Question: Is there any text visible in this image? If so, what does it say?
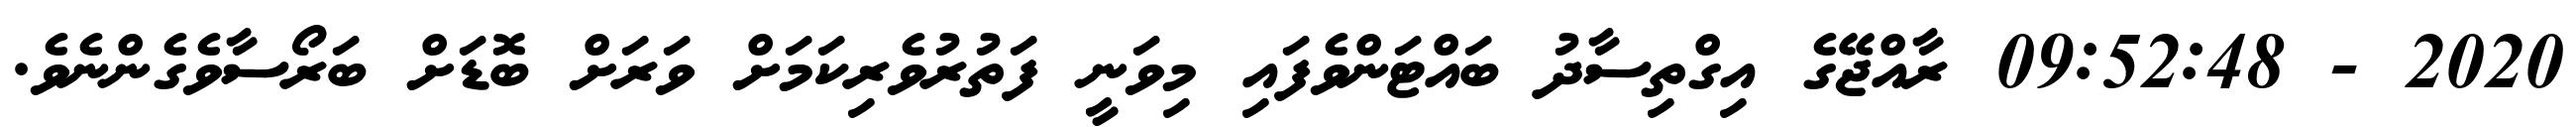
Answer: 2020 - 09:52:48 ރާއްޖޭގެ އިގްތިސާދު ބައްޓަންވެފައި މިވަނީ ފަތުރުވެރިކަމަށް ވަރަށް ބޮޑަށް ބަރޯސާވެގެންނެވެ.